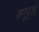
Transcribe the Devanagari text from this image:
अणुव्रतों